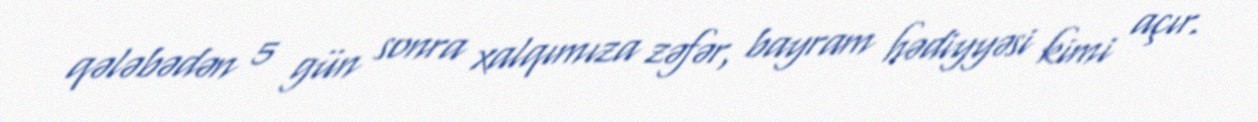
qələbədən 5 gün sonra xalqımıza zəfər, bayram hədiyyəsi kimi açır.